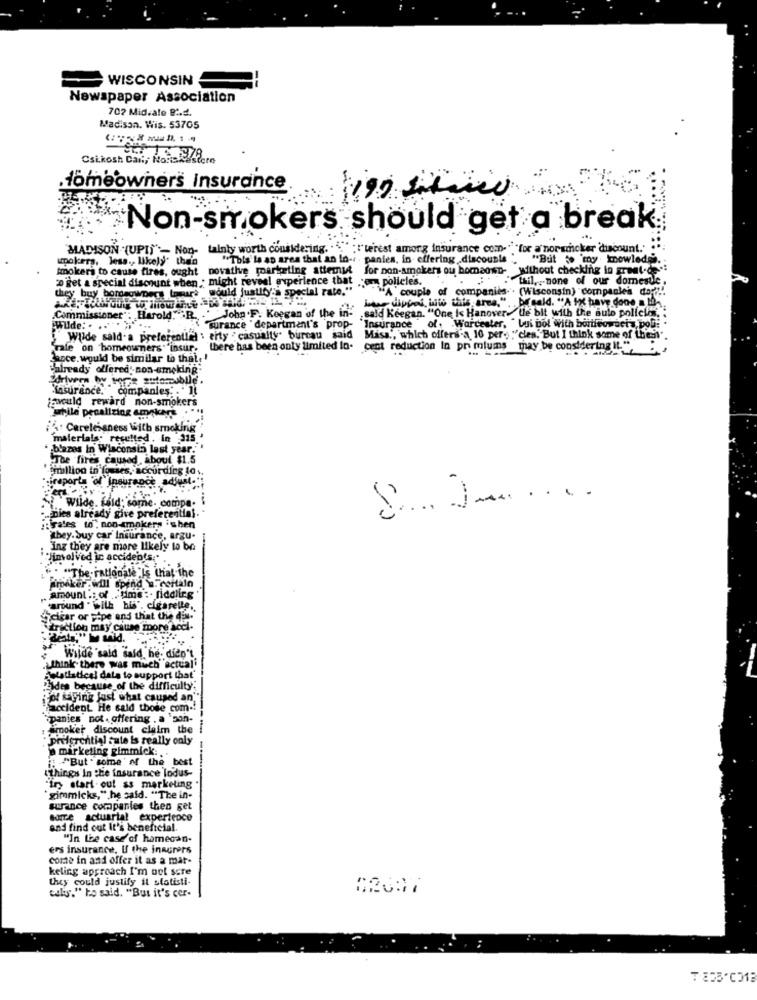
WISCONSIN
Newspaper Association
702 Mid.ale B.d.
Madison. Wis. 53705
Csikosh Can, NoRela
.Homeowners Insurance
Non-smokers should get a break
MADISON "(UPI)"- Non- tainly worth considering. : 'terest among insurance com. ""for a norsicker discount." ""
smokers, less. likely" than
"This la ap area that an In -. . panies, in offering, discounts ", "But to my knowledge.
novative marketing attemit
for non-smokers ou homaown- without checking in great-de .:
Smokers to cause fires, ought
"o get a special discount wtien : might reveal experience that ;em policles.
."tail .. none of our domestle,
they buy bordaowners tomars "would justify's special rate."
A couple of companies. . (Wisconsin) companies day ?!
John .F. Keegan of the in:
sald Keegan. "One is Hanover. We bit with the auto policia"
ther dippai, wie this area.". be held. "A ix have good . the
Commissioner': Harold. . R.
Wilde: .
surance " department's prop-
Insurance of. Worcester, "Lui bol with bortfeowacty pol: .
Wilde sald-a preferentie : erty casualty" bureau said
Misa ., which offers a 10 per. : 'cles. But I think some of thesi".
male on homeowners""insur, there has been only limited In-
cent reduction In primiums may be considering It."
Sance. would be similar to that, '
Calready offered'-non-smoking;
Sdrivers by woge automobile.
"Lasurance. companies. . 1
would reward non-smokers
while penalizing amokart
Carelessness With smoking
materials: resulted , in 315.'
blazes In Wisconsin last year."
The fires caused , about $1.5
fimillion in fosses, according 10%.
iraporta of Insurance adiust."
Wilde. fald; sorne. compe-
-
nies already give preferential.
:: sales to", non-smokers ishen
they. Suy car Insurance, argu-
inz they are more likely to be
Dimolved ic accidents ;.
"The- rationale"Is that the
friker . will spend w. coitalo
amount .; of time :- fiddling
'around " with his". cigarette.
Sicicar or pipe and that the dix.
traction may cause moore acci-
. desta," lu said.
Wilde 'sald said, he didn't
think. there was much"actual
elatistical data to support that
Eides because of the difficulty;
pl Saying Just what caused an
accident He said those com .!
Spanies not . offering . a 'son-
smoker discount claim the
preferential fate is really only
marketing gimmick :..
"But . some' of the best
"things In the insurance lodus-
"iry start-out as marketing
gimmicks,".he said. "The in-
surance companies then get
some actuarial experience
and find out It's beneficial.
"In the case'of homecan-
ers insurance. If the inscrers
come in and offer it as a mar-
keling approach I'm not sure
they could justify il statisti-
culs." he said. "But it's cer-
₸ 805'C1